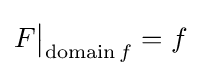
F{\big \vert }_{\operatorname {domain} f}=f